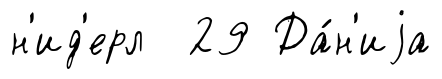
н'ид'ерл 29 Да́н'иjа